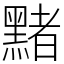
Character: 䵭